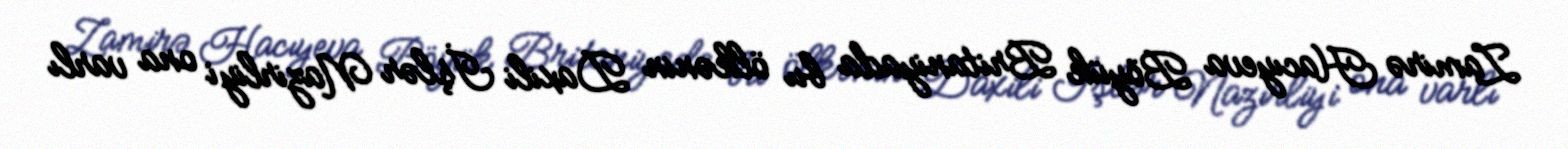
Zamirə Hacıyeva Böyük Britaniyada bu ölkənin Daxili İşlər Nazirliyi ona varlı